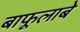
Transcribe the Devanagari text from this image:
बाफूलाबे